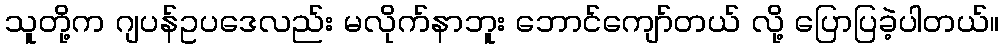
သူတို့က ဂျပန်ဥပဒေလည်း မလိုက်နာဘူး ဘောင်ကျော်တယ် လို့ ပြောပြခဲ့ပါတယ်။